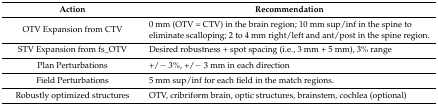
<table><thead><tr><td><b>Action</b></td><td><b>Recommendation</b></td></tr></thead><tbody><tr><td>OTV Expansion from CTV</td><td>0 mm (OTV = CTV) in the brain region; 10 mm sup/inf in the spine to eliminate scalloping; 2 to 4 mm right/left and ant/post in the spine region. </td></tr><tr><td>STV Expansion from fs_OTV</td><td>Desired robustness + spot spacing (i.e., 3 mm + 5 mm), 3% range</td></tr><tr><td>Plan Perturbations</td><td>+/− 3%, +/− 3 mm in each direction</td></tr><tr><td>Field Perturbations</td><td>5 mm sup/inf for each field in the match regions. </td></tr><tr><td>Robustly optimized structures </td><td>OTV, cribriform brain, optic structures, brainstem, cochlea (optional)</td></tr></tbody></table>